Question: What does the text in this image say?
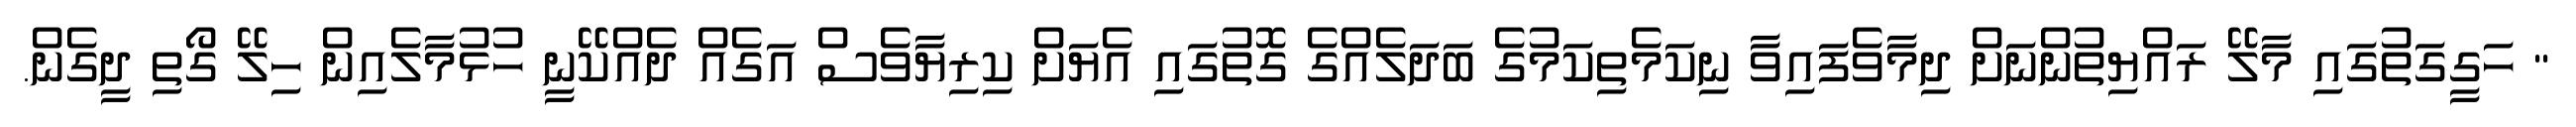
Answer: " ހަގީގަތުގައި މާލޭ ރައްޔިތުންނަށް ދިމާވެފައިވާ ނިކަމެތިކަމުގެ ބަދަލެއްގެ ގޮތުގައި އެޔަށް ކިރިޔާވެސް އަގެއް ދެއްކޭނީ ހުޅުމާލެއިން ހިލޭ ގޯތި ދީގެން.